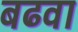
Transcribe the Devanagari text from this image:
बढवा